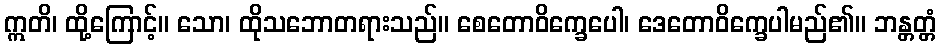
ဣတိ၊ ထို့ကြောင့်။ သော၊ ထိုသဘောတရားသည်။ စေတောဝိက္ခေပေါ၊ ဒေတောဝိက္ခေပါမည်၏။ ဘန္တတ္တံ